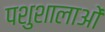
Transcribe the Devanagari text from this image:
पशुशालाओं